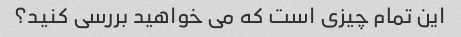
این تمام چیزی است که می خواهید بررسی کنید؟